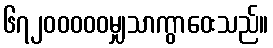
၆၇၂၀၀၀၀၀မျှသာကွာဝေးသည်။